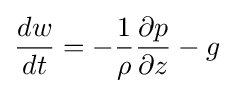
{dw \over dt}=-{1 \over \rho }{\partial p \over \partial z}-g